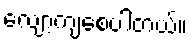
လျော့ကျစေပါတယ်။